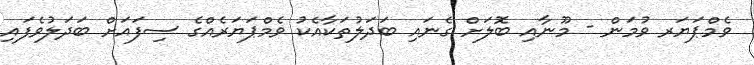
ވެމްޕަޔަރ ވުމަން - މޫނާއި ބޮލަށް ގެނައި ބަދަލުތަކާއެކު ވެމްޕަޔަރެއްގެ ސިފައަށް ބަދަލުވެފައި